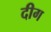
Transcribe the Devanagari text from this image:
दीग